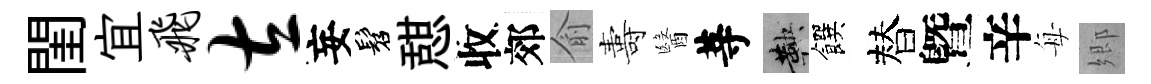
閨宜飞左妄髫憇收郊俞夀醫䓁鞅饌替曁辛每郷